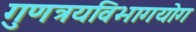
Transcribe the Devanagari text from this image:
गुणत्रयविभागयोग